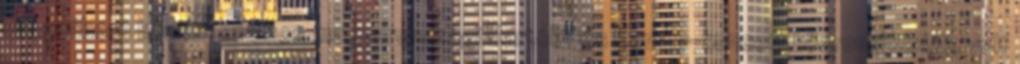
világháború között számos magyarországi Bartók- és Kodály-koncert közreműködője volt